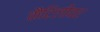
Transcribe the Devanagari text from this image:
कैटिलीवर